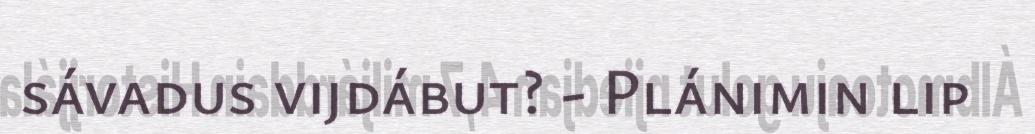
sávadus vijdábut? - Plánimin lip